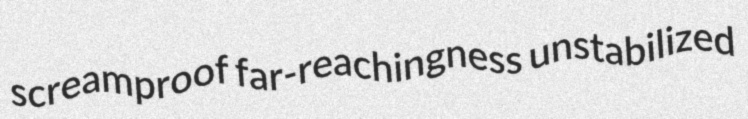
screamproof far-reachingness unstabilized